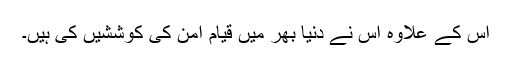
اس کے علاوہ اس نے دنیا بھر میں قیامِ امن کی کوششیں کی ہیں۔